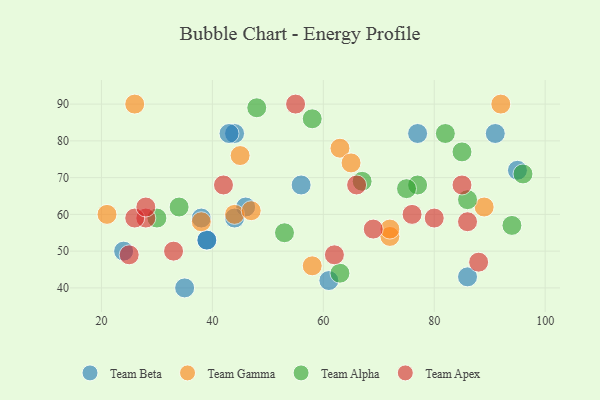
{"axis": {"x": "GDP", "y": "Life Expectancy"}, "legend": ["Team Alpha", "Team Apex", "Team Beta", "Team Gamma"], "data": [{"x": "86", "y": 43, "type": "Team Beta"}, {"x": "77", "y": 82, "type": "Team Beta"}, {"x": "46", "y": 62, "type": "Team Beta"}, {"x": "44", "y": 82, "type": "Team Beta"}, {"x": "56", "y": 68, "type": "Team Beta"}, {"x": "43", "y": 82, "type": "Team Beta"}, {"x": "24", "y": 50, "type": "Team Beta"}, {"x": "95", "y": 72, "type": "Team Beta"}, {"x": "91", "y": 82, "type": "Team Beta"}, {"x": "35", "y": 40, "type": "Team Beta"}, {"x": "44", "y": 59, "type": "Team Beta"}, {"x": "61", "y": 42, "type": "Team Beta"}, {"x": "39", "y": 53, "type": "Team Beta"}, {"x": "39", "y": 53, "type": "Team Beta"}, {"x": "38", "y": 59, "type": "Team Beta"}, {"x": "63", "y": 78, "type": "Team Gamma"}, {"x": "65", "y": 74, "type": "Team Gamma"}, {"x": "44", "y": 60, "type": "Team Gamma"}, {"x": "89", "y": 62, "type": "Team Gamma"}, {"x": "26", "y": 90, "type": "Team Gamma"}, {"x": "47", "y": 61, "type": "Team Gamma"}, {"x": "58", "y": 46, "type": "Team Gamma"}, {"x": "72", "y": 54, "type": "Team Gamma"}, {"x": "45", "y": 76, "type": "Team Gamma"}, {"x": "38", "y": 58, "type": "Team Gamma"}, {"x": "21", "y": 60, "type": "Team Gamma"}, {"x": "92", "y": 90, "type": "Team Gamma"}, {"x": "72", "y": 56, "type": "Team Gamma"}, {"x": "77", "y": 68, "type": "Team Alpha"}, {"x": "30", "y": 59, "type": "Team Alpha"}, {"x": "53", "y": 55, "type": "Team Alpha"}, {"x": "34", "y": 62, "type": "Team Alpha"}, {"x": "82", "y": 82, "type": "Team Alpha"}, {"x": "48", "y": 89, "type": "Team Alpha"}, {"x": "67", "y": 69, "type": "Team Alpha"}, {"x": "58", "y": 86, "type": "Team Alpha"}, {"x": "75", "y": 67, "type": "Team Alpha"}, {"x": "85", "y": 77, "type": "Team Alpha"}, {"x": "63", "y": 44, "type": "Team Alpha"}, {"x": "96", "y": 71, "type": "Team Alpha"}, {"x": "94", "y": 57, "type": "Team Alpha"}, {"x": "86", "y": 64, "type": "Team Alpha"}, {"x": "76", "y": 60, "type": "Team Apex"}, {"x": "85", "y": 68, "type": "Team Apex"}, {"x": "80", "y": 59, "type": "Team Apex"}, {"x": "88", "y": 47, "type": "Team Apex"}, {"x": "55", "y": 90, "type": "Team Apex"}, {"x": "33", "y": 50, "type": "Team Apex"}, {"x": "62", "y": 49, "type": "Team Apex"}, {"x": "86", "y": 58, "type": "Team Apex"}, {"x": "28", "y": 59, "type": "Team Apex"}, {"x": "66", "y": 68, "type": "Team Apex"}, {"x": "25", "y": 49, "type": "Team Apex"}, {"x": "26", "y": 59, "type": "Team Apex"}, {"x": "28", "y": 62, "type": "Team Apex"}, {"x": "42", "y": 68, "type": "Team Apex"}, {"x": "69", "y": 56, "type": "Team Apex"}]}